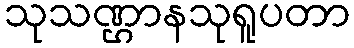
သုသဏ္ဌာနသုရူပတာ